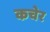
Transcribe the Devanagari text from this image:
कचेर